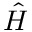
\hat { H }